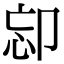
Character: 𠨛